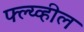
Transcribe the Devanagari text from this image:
फ्ल्य्व्हील